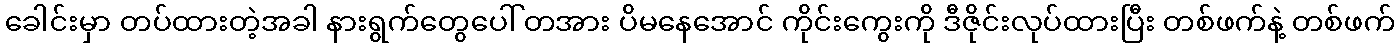
ခေါင်းမှာ တပ်ထားတဲ့အခါ နားရွက်တွေပေါ် တအား ပိမနေအောင် ကိုင်းကွေးကို ဒီဇိုင်းလုပ်ထားပြီး တစ်ဖက်နဲ့ တစ်ဖက်